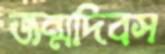
জন্মদিবস